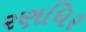
રણધિર